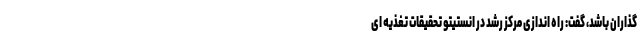
گذاران باشد، گفت: راه اندازی مرکز رشد در انستیتو تحقیقات تغذیه ای